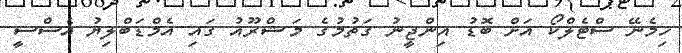
ހިމެނޭ ސްޓެލްކޯ އަށް ބޮޑު އިންޖީނު ގަތުމުގެ މަޝްރޫއު ގައި އެމްޑަބްލިޔު އެސްސީ